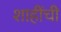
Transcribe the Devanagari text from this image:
शाहींची